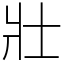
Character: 壯